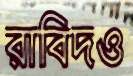
রাবিদও